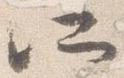
所